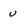
Character: u